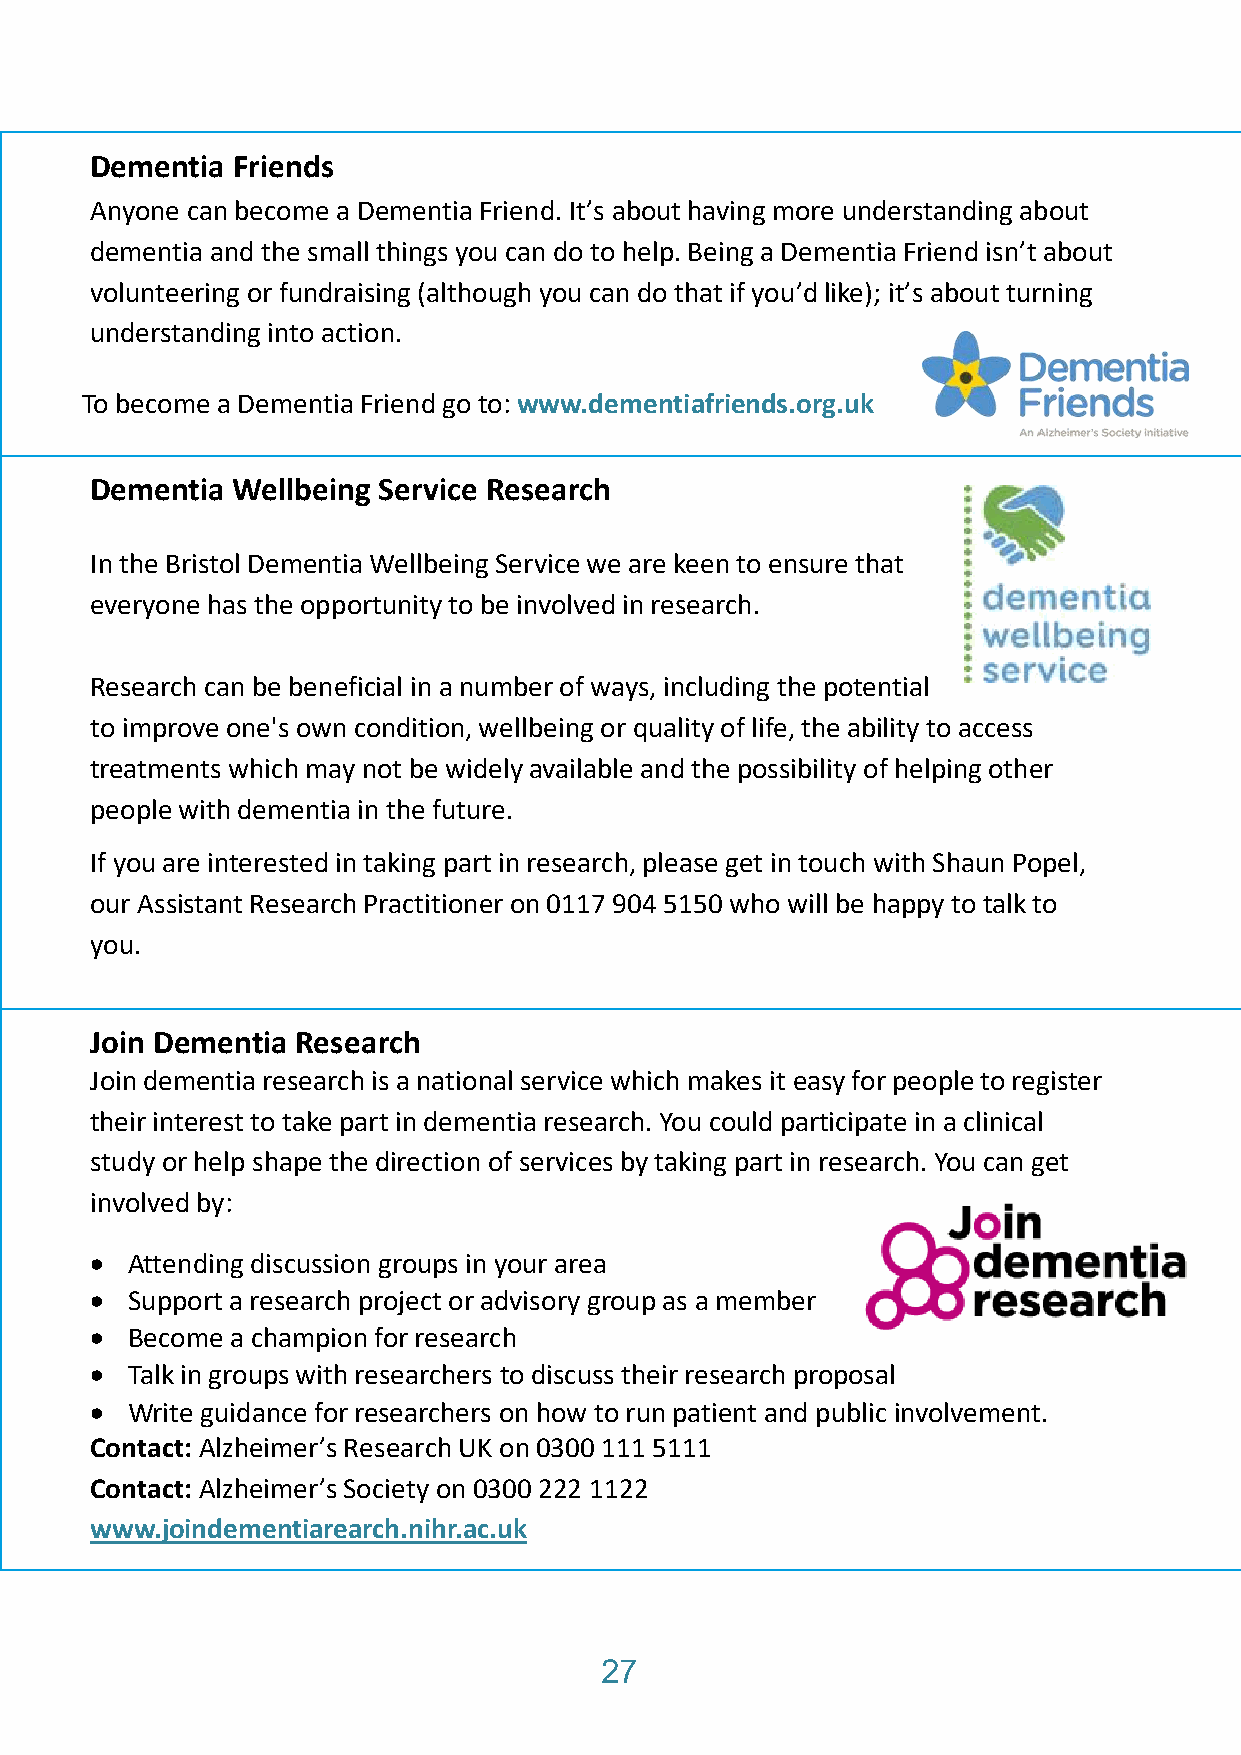
Dementia Friends
 Anyone can become a Dementia Friend. It’s about having more understanding about
 dementia and the small things you can do to help. Being a Dementia Friend isn’t about
 volunteering or fundraising (although you can do that if you’d like); it’s about turning
 understanding into action.
 To become a Dementia Friend go to: www.dementiafriends.org.uk
 Dementia Wellbeing Service Research
 In the Bristol Dementia Wellbeing Service we are keen to ensure that
 everyone has the opportunity to be involved in research.
 Research can be beneficial in a number of ways, including the potential
 to improve one's own condition, wellbeing or quality of life, the ability to access
 treatments which may not be widely available and the possibility of helping other
 people with dementia in the future.
 If you are interested in taking part in research, please get in touch with Shaun Popel,
 our Assistant Research Practitioner on 0117 904 5150 who will be happy to talk to
 you.
 Join Dementia Research
 Join dementia research is a national service which makes it easy for people to register
 their interest to take part in dementia research. You could participate in a clinical
 study or help shape the direction of services by taking part in research. You can get
 involved by:
  Attending discussion groups in your area
  Support a research project or advisory group as a member
  Become a champion for research
  Talk in groups with researchers to discuss their research proposal
  Write guidance for researchers on how to run patient and public involvement.
 Contact: Alzheimer’s Research UK on 0300 111 5111
 Contact: Alzheimer’s Society on 0300 222 1122
 www.joindementiarearch.nihr.ac.uk
 27